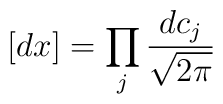
[dx] = \prod_j {{dc_j} \over {\sqrt{2 \pi}}}